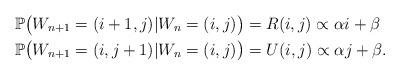
LaTeX: \begin{align*}\mathbb P \big(W_{n+1} = (i+1, j) | W_n = (i,j)\big) &= R(i,j) \propto \alpha i + \beta \\\mathbb P\big(W_{n+1} = (i, j+1) | W_n = (i,j)\big) &= U(i,j) \propto \alpha j + \beta.\end{align*}